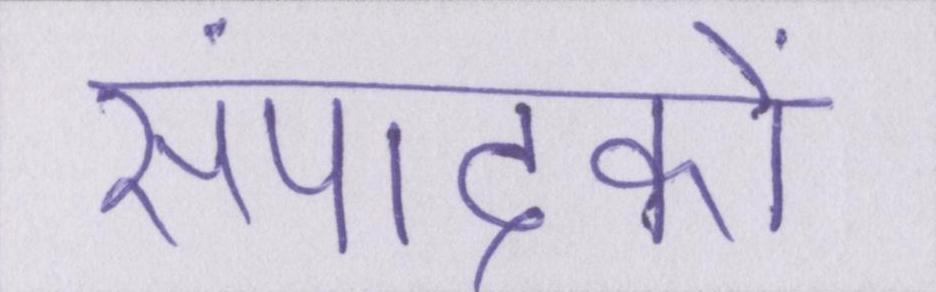
संपादकों